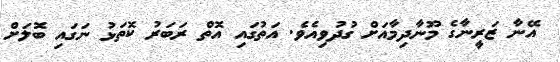
އޭނާ ޒަރީނާގެ މޫނާދިމާއަށް ގުދުވިއެވެ. އަތުގައި އޮތް ރަބަރު ކޮތަޅު ނަގައި ބޮލަށް